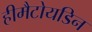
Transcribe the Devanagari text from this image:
हीमैटोयडिन